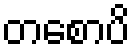
တစောပိ